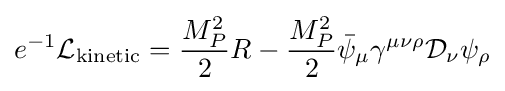
e^{-1}{\mathcal {L}}_{\text{kinetic}}={\frac {M_{P}^{2}}{2}}R-{\frac {M_{P}^{2}}{2}}{\bar {\psi }}_{\mu }\gamma ^{\mu \nu \rho }{\mathcal {D}}_{\nu }\psi _{\rho }